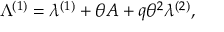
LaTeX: \Lambda ^ { ( 1 ) } = \lambda ^ { ( 1 ) } + \theta A + q \theta ^ { 2 } \lambda ^ { ( 2 ) } ,